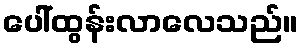
ပေါ်ထွန်းလာလေသည်။